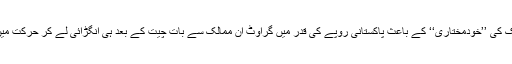
سٹیٹ بینک کی ’’خودمختاری‘‘ کے باعث پاکستانی روپے کی قدر میں گراوٹ ان ممالک سے بات چیت کے بعد ہی انگڑائی لے کر حرکت میں آئی ہے۔